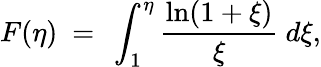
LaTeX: F(\eta)\ =\ \int_{1}^{\eta}\frac{\ln(1+\xi)}\xi\ d\xi,